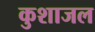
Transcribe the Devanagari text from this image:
कुशाजल